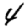
Digit: 4